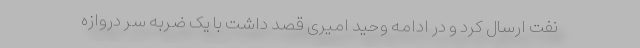
نفت ارسال کرد و در ادامه وحید امیری قصد داشت با یک ضربه سر دروازه